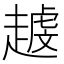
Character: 𧽐